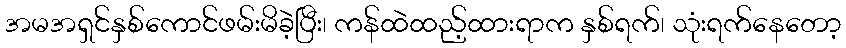
အမအရှင်နှစ်ကောင်ဖမ်းမိခဲ့ပြီး၊ ကန်ထဲထည့်ထားရာက နှစ်ရက်၊ သုံးရက်နေတော့